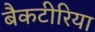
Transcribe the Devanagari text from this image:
बैकटीरिया